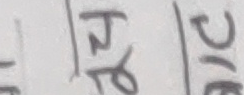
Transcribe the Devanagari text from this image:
। पुट ।